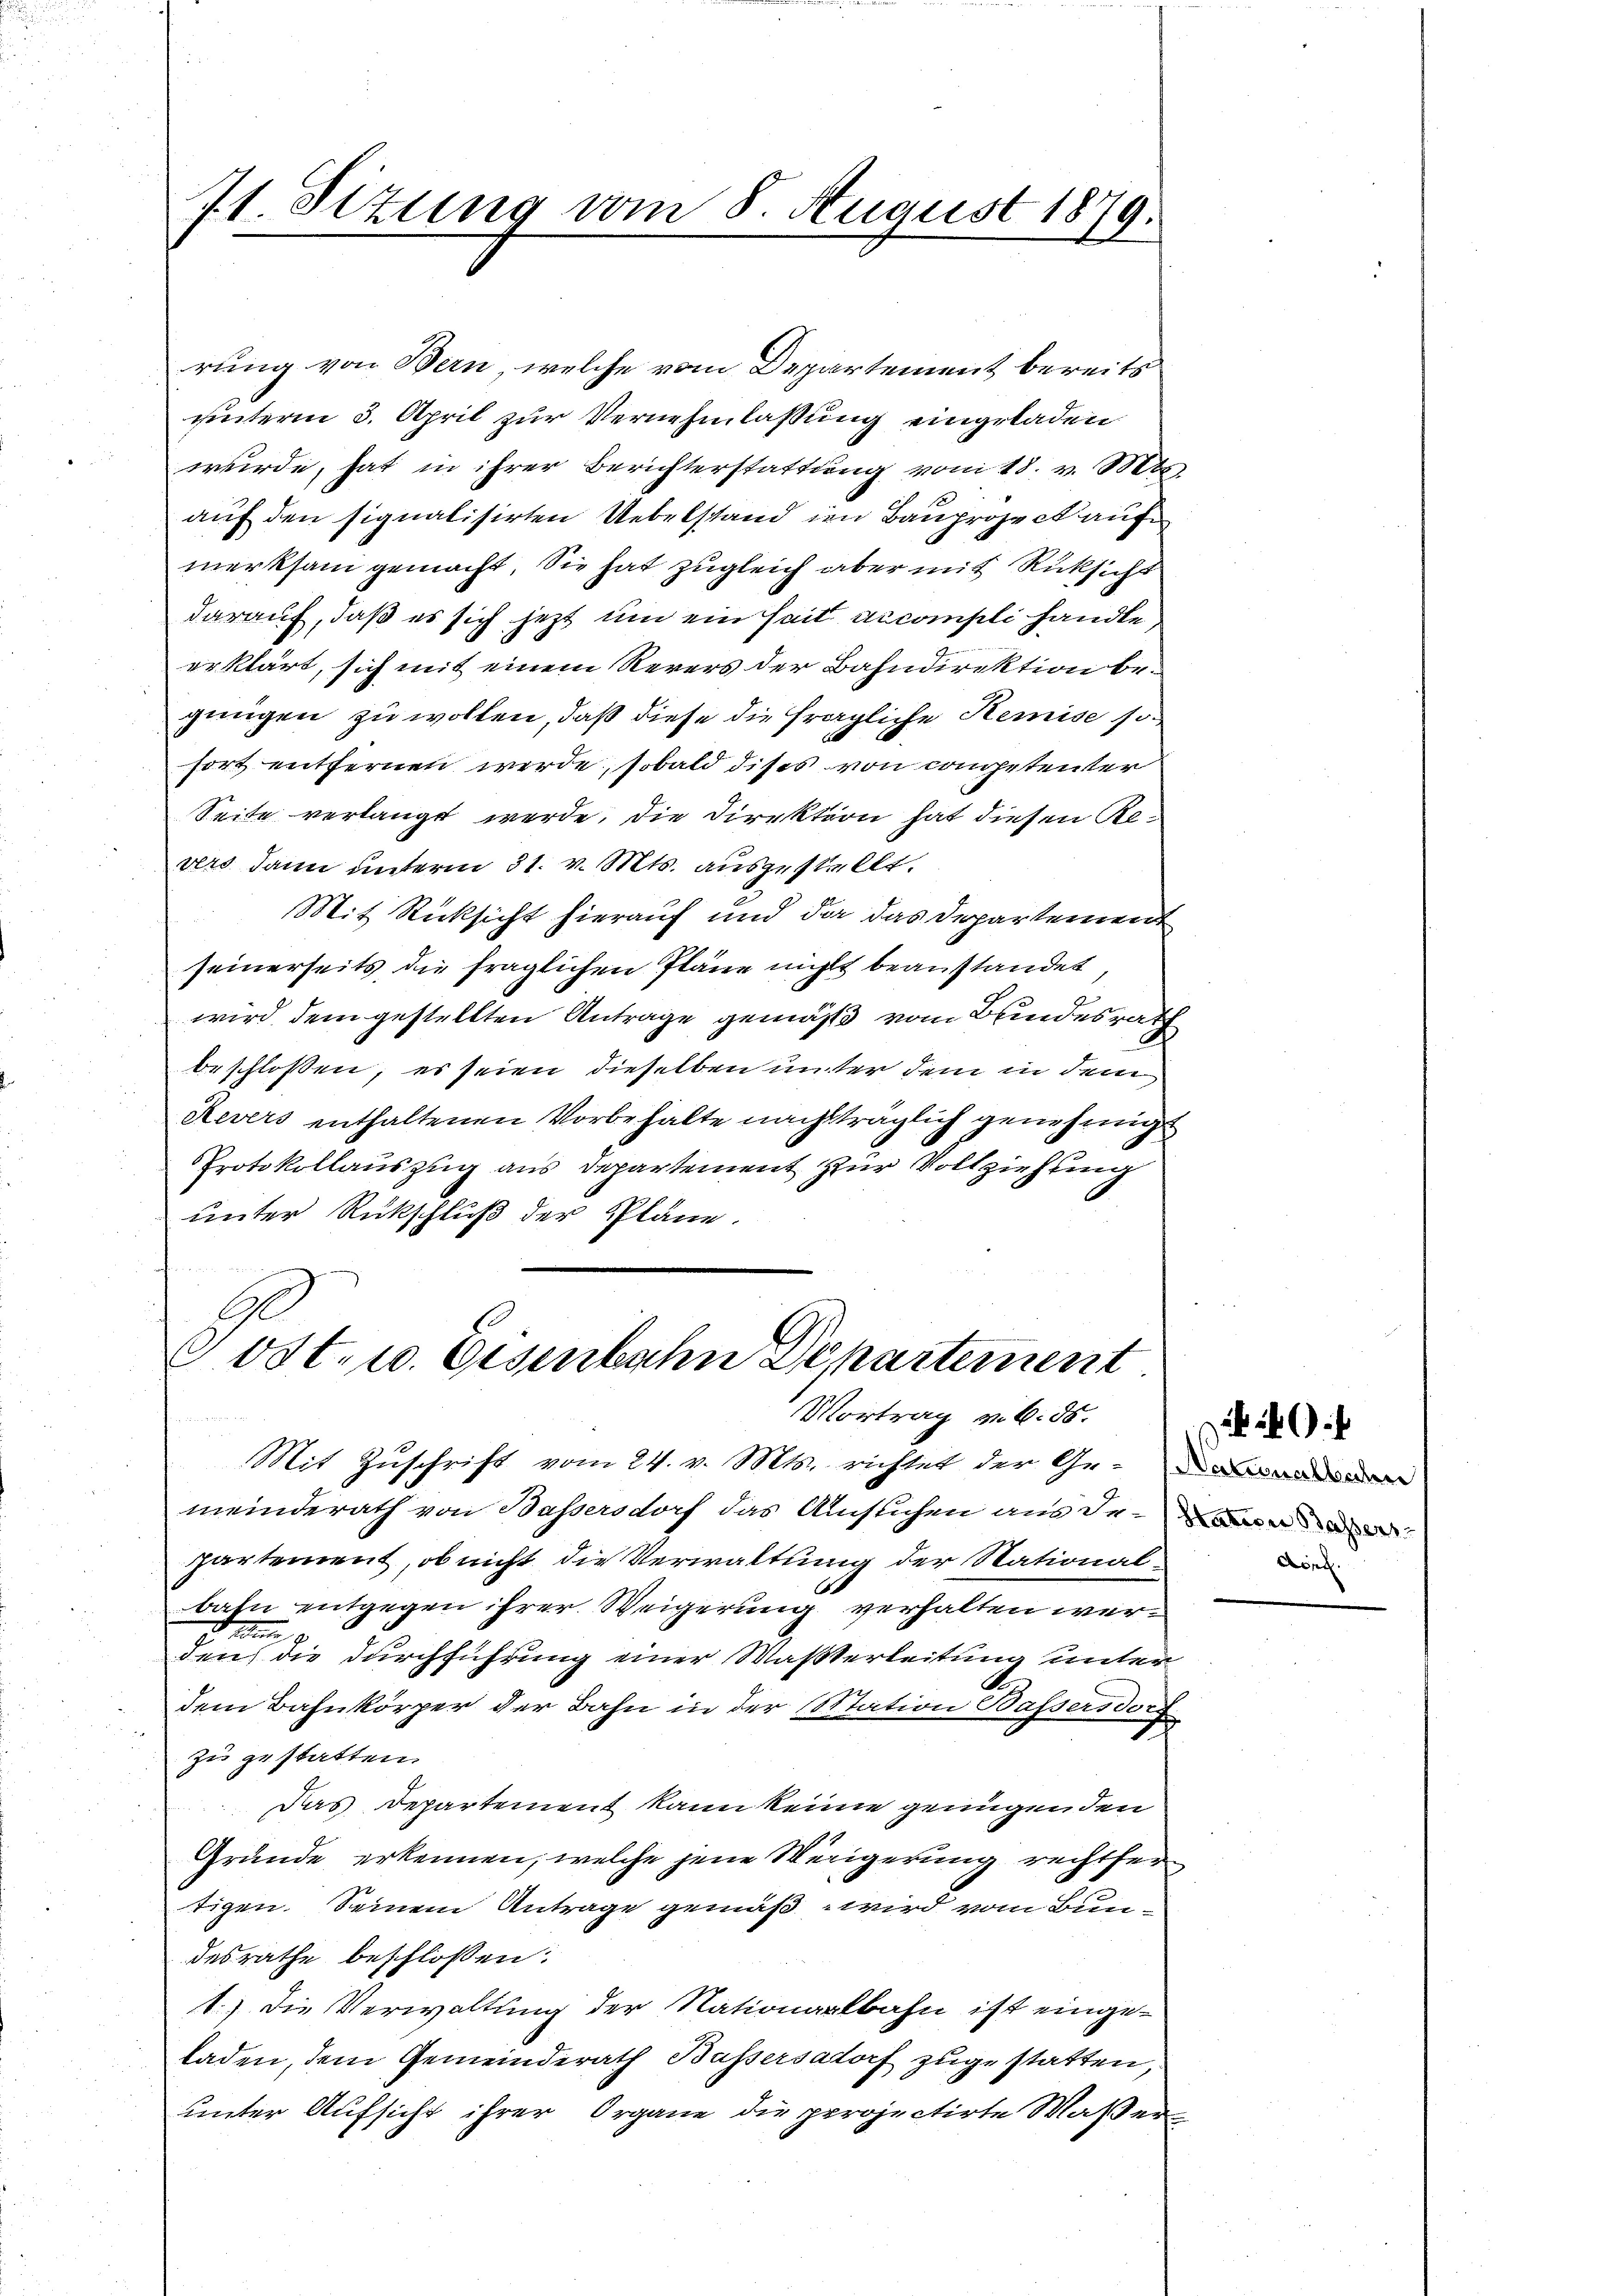
rung von Bern, welche vom Departement bereits
unterm 3. April zur Vernehmlassung eingeladen
wurde, hat in ihrer Berichterstattŭng vom 18. v. Mts.
auf den signalisirten Uebelstand im Bauproject auf
merksam gemacht. Sie hat zugleich aber mit Rücksicht
darauf, daß es sich jetzt um ein Zeit accompli handle
erklärt, sich mit einem Revers der Bahndirektion begungen zu wollen, daß diese die fragliche Remise sofort entfernen werde, sobald dises von competenter
Seite verlangt werde, die Direktion hat diesen Revers dann unterm 31. v. Mts. auszustellt.
Mit Rücksicht hierauf und da das Departement
seinerseits die fraglichen Pläne nicht beanstandet,
wird dem gestellten Antrage gemäß vom Bundesrath
beschlossen, es seien dieselben unter dem in dem
Revers enthaltenen Vorbehalte nachträglich genehmigt
Protokollauszug aus Departement zur Vollziehung
unter Rückschluß der Pläne.
Post- u. Eisenbahn Departement
Vortrag v. 6. 85.
Mit Zuschrift vom 24. v. Mts. richtet der Ge-
meinderath von Bassersdorf das Auslichen aus den
partement, ob nicht die Verwaltung der Nationalbahn entgegen ihrer Weigerung verhalten wern
den die durchführung einer Masserleitung unter
dem Bahnkörper der Bahn in der Station Bassersdorf
zu zu statten.
Das Departement kann keine genügenden
Grunde erkennen, welche jene Wenigerung rechtfertigen. Seinem Antrage gemäß wird vom Bundesrathe beschlossen:
1.) Die Verwaltung der Nationalbahn ist eingeladen, dem Gemeinderath Bussersatorf zugestatten,
unter Aufsicht ihrer Organe die projectirte Waßer¬

71. Sizung vom 8. August 1879.

Aöne.